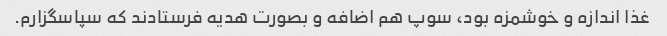
غذا اندازه و خوشمزه بود، سوپ هم اضافه و بصورت هدیه فرستادند که سپاسگزارم.